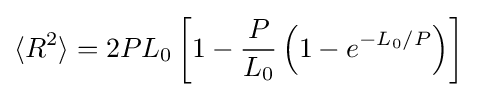
\langle R^{2}\rangle =2PL_{0}\left[1-{\frac {P}{L_{0}}}\left(1-e^{-L_{0}/P}\right)\right]